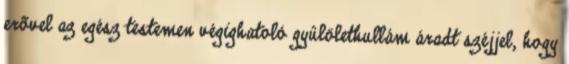
erõvel az egész testemen végighatoló gyûlölethullám áradt széjjel, hogy